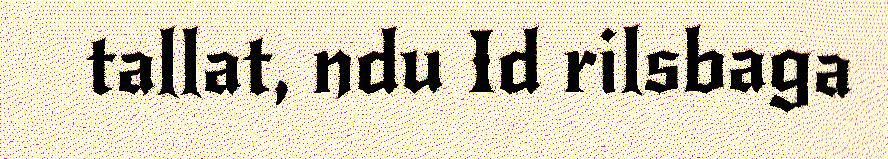
tallat, ndu Id rilsbaga